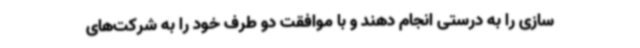
سازی را به درستی انجام دهند و با موافقت دو طرف خود را به شرکت‌های